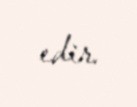
edir.